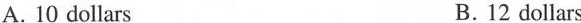
A. 10 dollars B.12 dollars